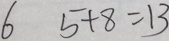
6 5 + 8 = 1 3